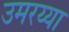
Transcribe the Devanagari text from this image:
उमरय्या